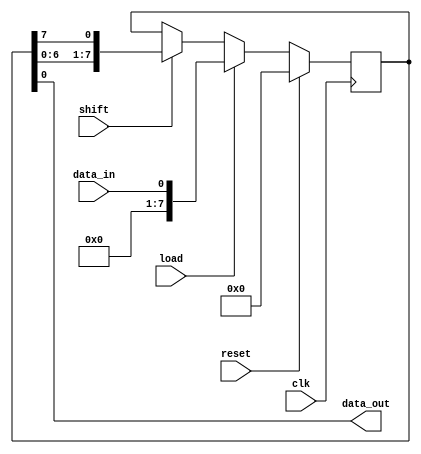
module parallel_in_serial_out(
    input wire clk,
    input wire reset,
    input wire load,
    input wire shift,
    input wire data_in,
    output reg data_out
);

reg [7:0] register;

always @(posedge clk) begin
    if (reset) begin
        register <= 8'b0;
    end else begin
        if (load) begin
            register <= data_in;
        end else if (shift) begin
            register <= {register[6:0], register[7]};
        end
    end
end

assign data_out = register[0];

endmodule